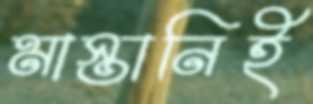
মাস্তানিই